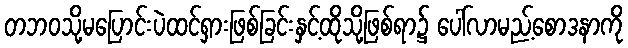
တဘဝသို့မပြောင်းပဲထင်ရှားဖြစ်ခြင်းနှင့်ထိုသို့ဖြစ်ရာ၌ ပေါ်လာမည့်စောဒနာကို